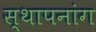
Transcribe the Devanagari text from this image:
स्थापनांग